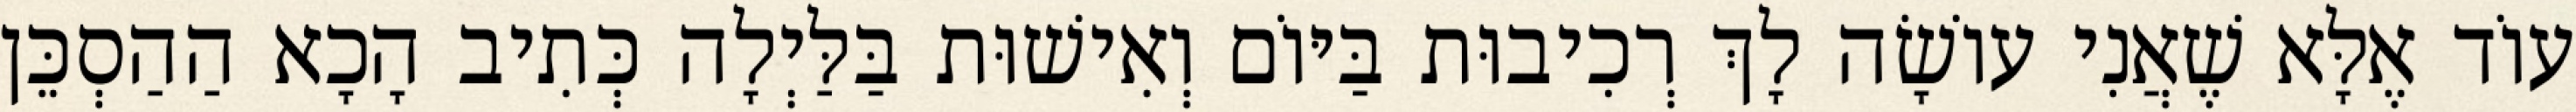
עוֹד אֶלָּא שֶׁאֲנִי עוֹשָׂה לָךְ רְכִיבוּת בַּיּוֹם וְאִישׁוּת בַּלַּיְלָה כְּתִיב הָכָא הַהַסְכֵּן